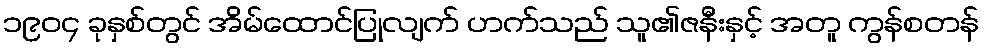
၁၉၀၄ ခုနှစ်တွင် အိမ်ထောင်ပြုလျက် ဟက်သည် သူ၏ဇနီးနှင့် အတူ ကွန်စတန်